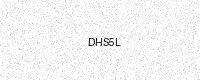
Text: DHS5L